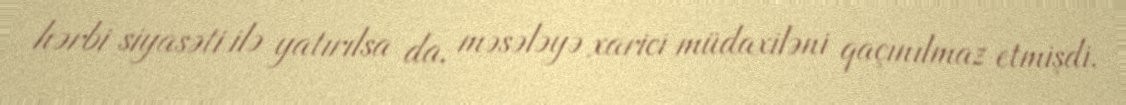
hərbi siyasəti ilə yatırılsa da, məsələyə xarici müdaxiləni qaçınılmaz etmişdi.